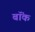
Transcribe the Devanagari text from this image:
बॉंक